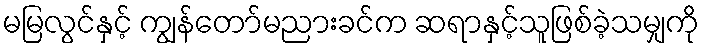
မမြလွင်နှင့် ကျွန်တော်မညားခင်က ဆရာနှင့်သူဖြစ်ခဲ့သမျှကို